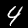
Digit: 4